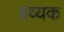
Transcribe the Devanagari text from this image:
हव्यक